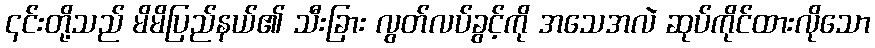
၎င်းတို့သည် မိမိပြည်နယ်၏ သီးခြား လွတ်လပ်ခွင့်ကို အသေအလဲ ဆုပ်ကိုင်ထားလိုသော